Epidemic dropsy in Calcutta - Number 45
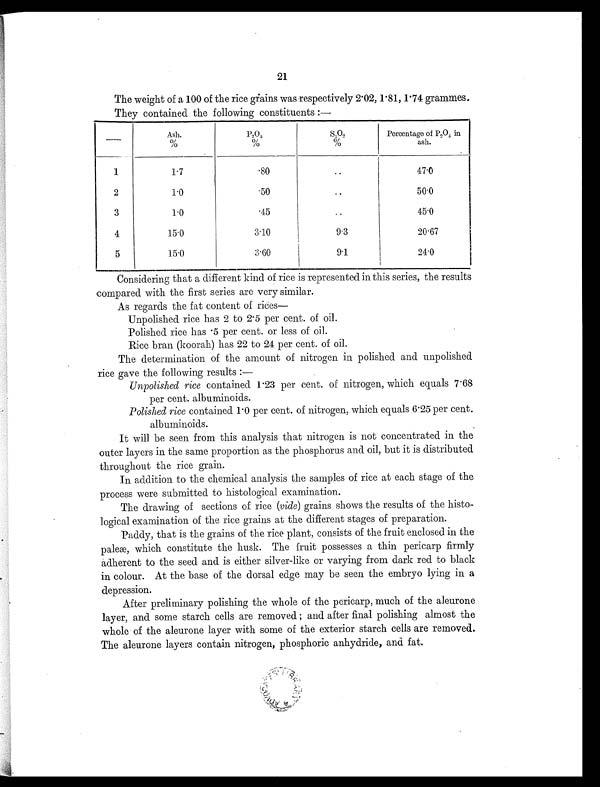
21
The weight of a 100 of the rice grains was respectively 2.02, 1.81, 1.74 grammes.
They contained the following constituents :—
—
Ash.
%
P2
O
3 %
S 1 O2
%
Percentage of P2O5 in
ash.
1
1.7
.80
. . 47.0
2
1.0
.50
..
50.0
3
1.0
.45
..
45.0
4
15.0
3.10
9.3
20.67
5
15.0
3.60
9.1
24.0
Considering that a different kind of rice is represented in this series, the results
compared with the first series are very similar.
As regards the fat content of rices
—
Unpolished rice has 2 to 2.5 per cent. of oil.
Polished rice has .5 per cent. or less of oil.
Rice bran (koorah) has 22 to 24 per cent. of oil.
The determination of the amount of nitrogen in polished and unpolished
rice gave the following results :
—
Unpolished rice contained 1.23 per cent. of nitrogen, which equals 7.68
per cent. albuminoids.
Polished rice contained 1.0 per cent. of nitrogen, which equals 6.25 per cent.
albuminoids.
It will be seen from this analysis that nitrogen is not concentrated in the
outer layers in the same proportion as the phosphorus and oil, but it is distributed
throughout the rice grain.
In addition to the chemical analysis the samples of rice at each stage of the
process were submitted to histological examination.
The drawing of sections of rice (vide ) grains shows the results of the histo-
logical examination of the rice grains at the different stages of preparation.
Paddy, that is the grains of the rice plant, consists of the fruit enclosed in the
paleæ, which constitute the husk. The fruit possesses a thin pericarp firmly
adherent to the seed and is either silver-like or varying from dark red to black
in colour. At the base of the dorsal edge may be seen the embryo lying in a
depression.
After preliminary polishing the whole of the pericarp, much of the aleurone
layer, and some starch cells are removed ; and after final polishing almost the
whole of the aleurone layer with some of the exterior starch cells are removed.
The aleurone layers contain nitrogen, phosphoric anhydride, and fat.